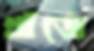
খাঁজে